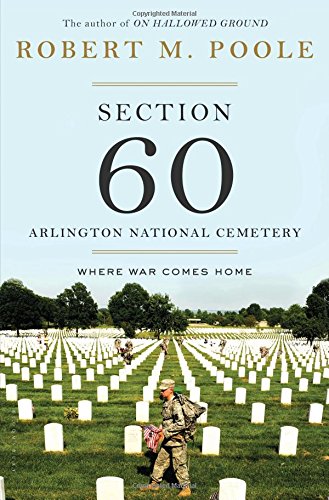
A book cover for Section 60: Arlington National Cemetery: Where War Comes Home; Robert M. Poole; Parenting & Relationships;